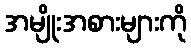
အမျိုးအစားများကို